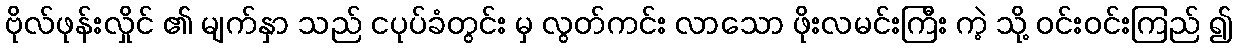
ဗိုလ်ဖုန်းလှိုင် ၏ မျက်နှာ သည် ငပုပ်ခံတွင်း မှ လွတ်ကင်း လာသော ဖိုးလမင်းကြီး ကဲ့ သို့ ဝင်းဝင်းကြည် ၍